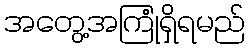
အတွေ့အကြုံရှိရမည်